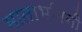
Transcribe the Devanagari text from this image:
माताभगिनी